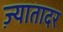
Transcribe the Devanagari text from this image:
ज़्यातादर